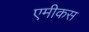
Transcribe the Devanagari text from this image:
एमीकस